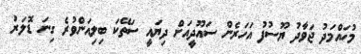
މުހައްމަދު ޖަވާދު ޔޫސުފު އަހަރެން ސައޫދީއަށް ދިޔައީ ސަތޭކަ ބިލިއަންވުރެ ގިނަ ޑޮލަރު